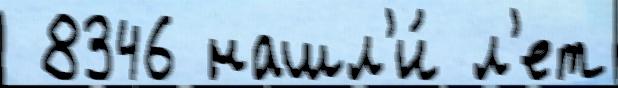
 8346 нашл'и́ л'ет